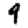
Digit: 9